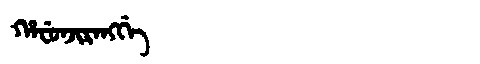
Manchu: ᡥᠠᠸᡠᠨᠵᡳᡵᠠᠩᡤᡝ
Romanization: HAFUNJIRANGGE